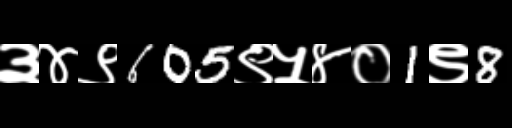
Text: ३४९605९५४०1९8